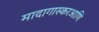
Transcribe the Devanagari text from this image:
मादागास्करआणि